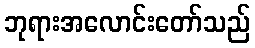
ဘုရားအလောင်းတော်သည်